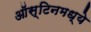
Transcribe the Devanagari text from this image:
ऑस्टिनमध्ये